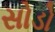
સોડો